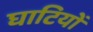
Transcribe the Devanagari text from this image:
घाटियों